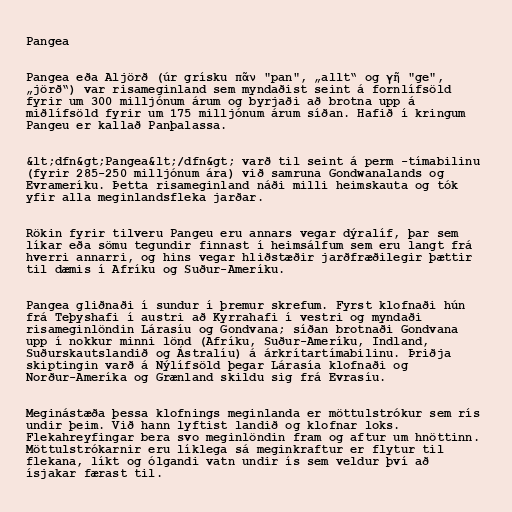
Pangea

Pangea eða Aljörð (úr grísku πᾶν "pan", „allt“ og γῆ "ge",
„jörð“) var risameginland sem myndaðist seint á fornlífsöld
fyrir um 300 milljónum árum og byrjaði að brotna upp á
miðlífsöld fyrir um 175 milljónum árum síðan. Hafið í kringum
Pangeu er kallað Panþalassa.

&lt;dfn&gt;Pangea&lt;/dfn&gt; varð til seint á perm -tímabilinu
(fyrir 285-250 milljónum ára) við samruna Gondwanalands og
Evrameríku. Þetta risameginland náði milli heimskauta og tók
yfir alla meginlandsfleka jarðar.

Rökin fyrir tilveru Pangeu eru annars vegar dýralíf, þar sem
líkar eða sömu tegundir finnast í heimsálfum sem eru langt frá
hverri annarri, og hins vegar hliðstæðir jarðfræðilegir þættir
til dæmis í Afríku og Suður-Ameríku.

Pangea gliðnaði í sundur í þremur skrefum. Fyrst klofnaði hún
frá Teþyshafi í austri að Kyrrahafi í vestri og myndaði
risameginlöndin Lárasíu og Gondvana; síðan brotnaði Gondvana
upp í nokkur minni lönd (Afríku, Suður-Ameríku, Indland,
Suðurskautslandið og Ástralíu) á árkrítartímabilinu. Þriðja
skiptingin varð á Nýlífsöld þegar Lárasía klofnaði og
Norður-Ameríka og Grænland skildu sig frá Evrasíu.

Meginástæða þessa klofnings meginlanda er möttulstrókur sem rís
undir þeim. Við hann lyftist landið og klofnar loks.
Flekahreyfingar bera svo meginlöndin fram og aftur um hnöttinn.
Möttulstrókarnir eru líklega sá meginkraftur er flytur til
flekana, líkt og ólgandi vatn undir ís sem veldur því að
ísjakar færast til.